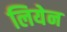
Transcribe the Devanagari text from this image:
लियेन